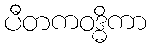
ပီတကဝဒ္ဓိကာ